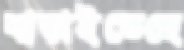
বাড়াইতেছে